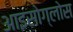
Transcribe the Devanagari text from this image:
आइसोग्लोस